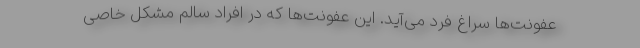
عفونت‌ها سراغ فرد می‌آید. این عفونت‌ها که در افراد سالم مشکل خاصی